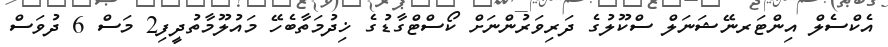
އެކްސެލް އިންޓަރނޭޝަނަލް ސްކޫލުގެ ދަރިވަރުންނަށް ކޯސްޓްގާޑުގެ ޚިދުމަތާބެހޭ މައުލޫމާތުދީފި2 މަސް 6 ދުވަސް